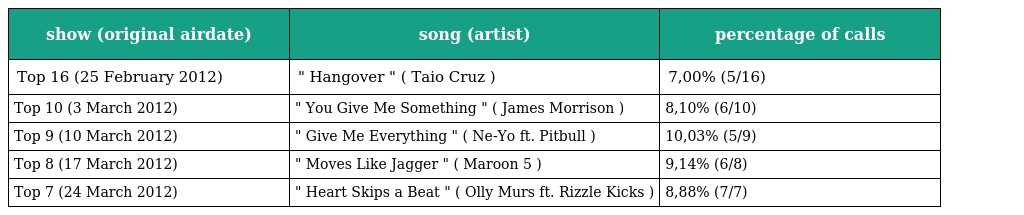
| show (original airdate) | song (artist) | percentage of calls |
 | --- | --- | --- |
 | Top 16 (25 February 2012) | " Hangover " ( Taio Cruz ) | 7,00% (5/16) |
 | Top 10 (3 March 2012) | " You Give Me Something " ( James Morrison ) | 8,10% (6/10) |
 | Top 9 (10 March 2012) | " Give Me Everything " ( Ne-Yo ft. Pitbull ) | 10,03% (5/9) |
 | Top 8 (17 March 2012) | " Moves Like Jagger " ( Maroon 5 ) | 9,14% (6/8) |
 | Top 7 (24 March 2012) | " Heart Skips a Beat " ( Olly Murs ft. Rizzle Kicks ) | 8,88% (7/7) |